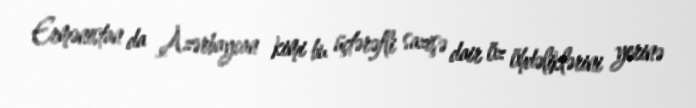
Ermənistan da Azərbaycan kimi bu üçtərəfli sazişə dair öz öhdəliklərini yerinə